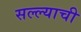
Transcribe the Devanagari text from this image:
सल्ल्याची